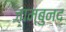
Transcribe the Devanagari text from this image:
जाम्बुनद